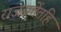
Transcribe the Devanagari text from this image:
राजसत्तेंतहि